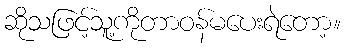
ဆိုသဖြင့်သူ့ကိုတာဝန်မပေးရဲတော့။